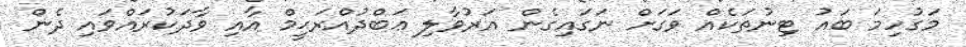
މަގުހިމަ ބައު ޓިނުތަކެއް ވަގަށް ނަގައިގެން އަރުވާލި ޢަބްދުއްރަޙީމް އާއި ވާދަކުރައްވައި ދެން